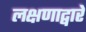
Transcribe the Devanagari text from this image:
लक्षणाद्वारे